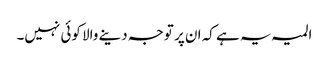
المیہ یہ ہے کہ ان پر توجہ دینے والا کوئی نہیں۔